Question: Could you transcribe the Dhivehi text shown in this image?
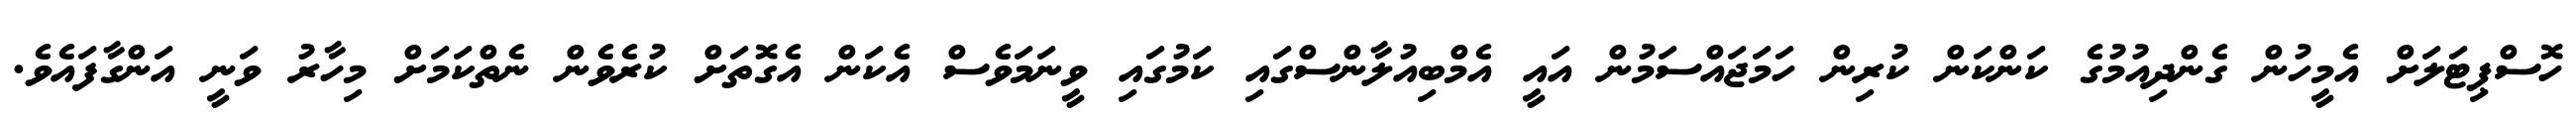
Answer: ހޮސްޕިޓަލަށް އެމީހުން ގެންދިއުމުގެ ކަންކަން ކުރިން ހަމަޖައްސަމުން އައީ އެމްބިއުލާންސްގައި ކަމުގައި ވީނަމަވެސް އެކަން އެގޮތަށް ކުރެވެން ނެތްކަމަށް މިހާރު ވަނީ އަންގާފައެވެ.